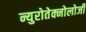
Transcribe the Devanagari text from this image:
न्युरोतेक्नोलोजी